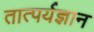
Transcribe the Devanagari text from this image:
तात्पर्यज्ञान